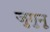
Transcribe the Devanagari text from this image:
जुगुनू